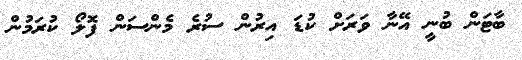
ބާޓަން ބުނީ އޭނާ ވަރަށް ކުޑަ އިރުން ސުރެ މެންސަން ފޮލޯ ކުރަމުން